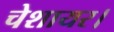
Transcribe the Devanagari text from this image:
चेशायर।